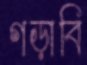
গড়াবি